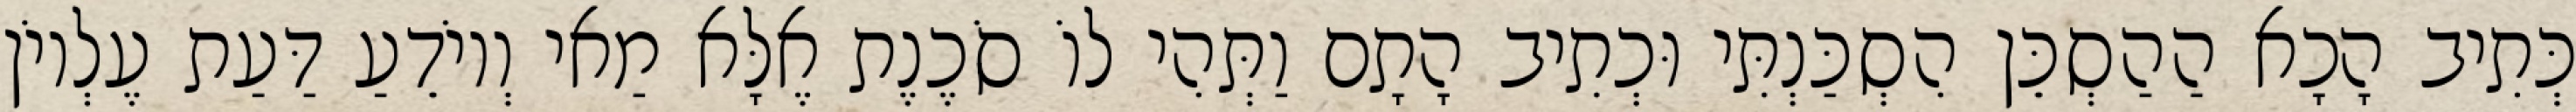
כְּתִיב הָכָא הַהַסְכֵּן הִסְכַּנְתִּי וּכְתִיב הָתָם וַתְּהִי לוֹ סֹכֶנֶת אֶלָּא מַאי וְיוֹדֵעַ דַּעַת עֶלְיוֹן